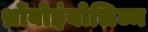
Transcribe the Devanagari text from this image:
थ्रोंबोइंबोलिज्म